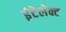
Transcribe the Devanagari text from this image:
इंटेलेक्ट